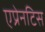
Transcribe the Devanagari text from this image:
एप्रेनटिस